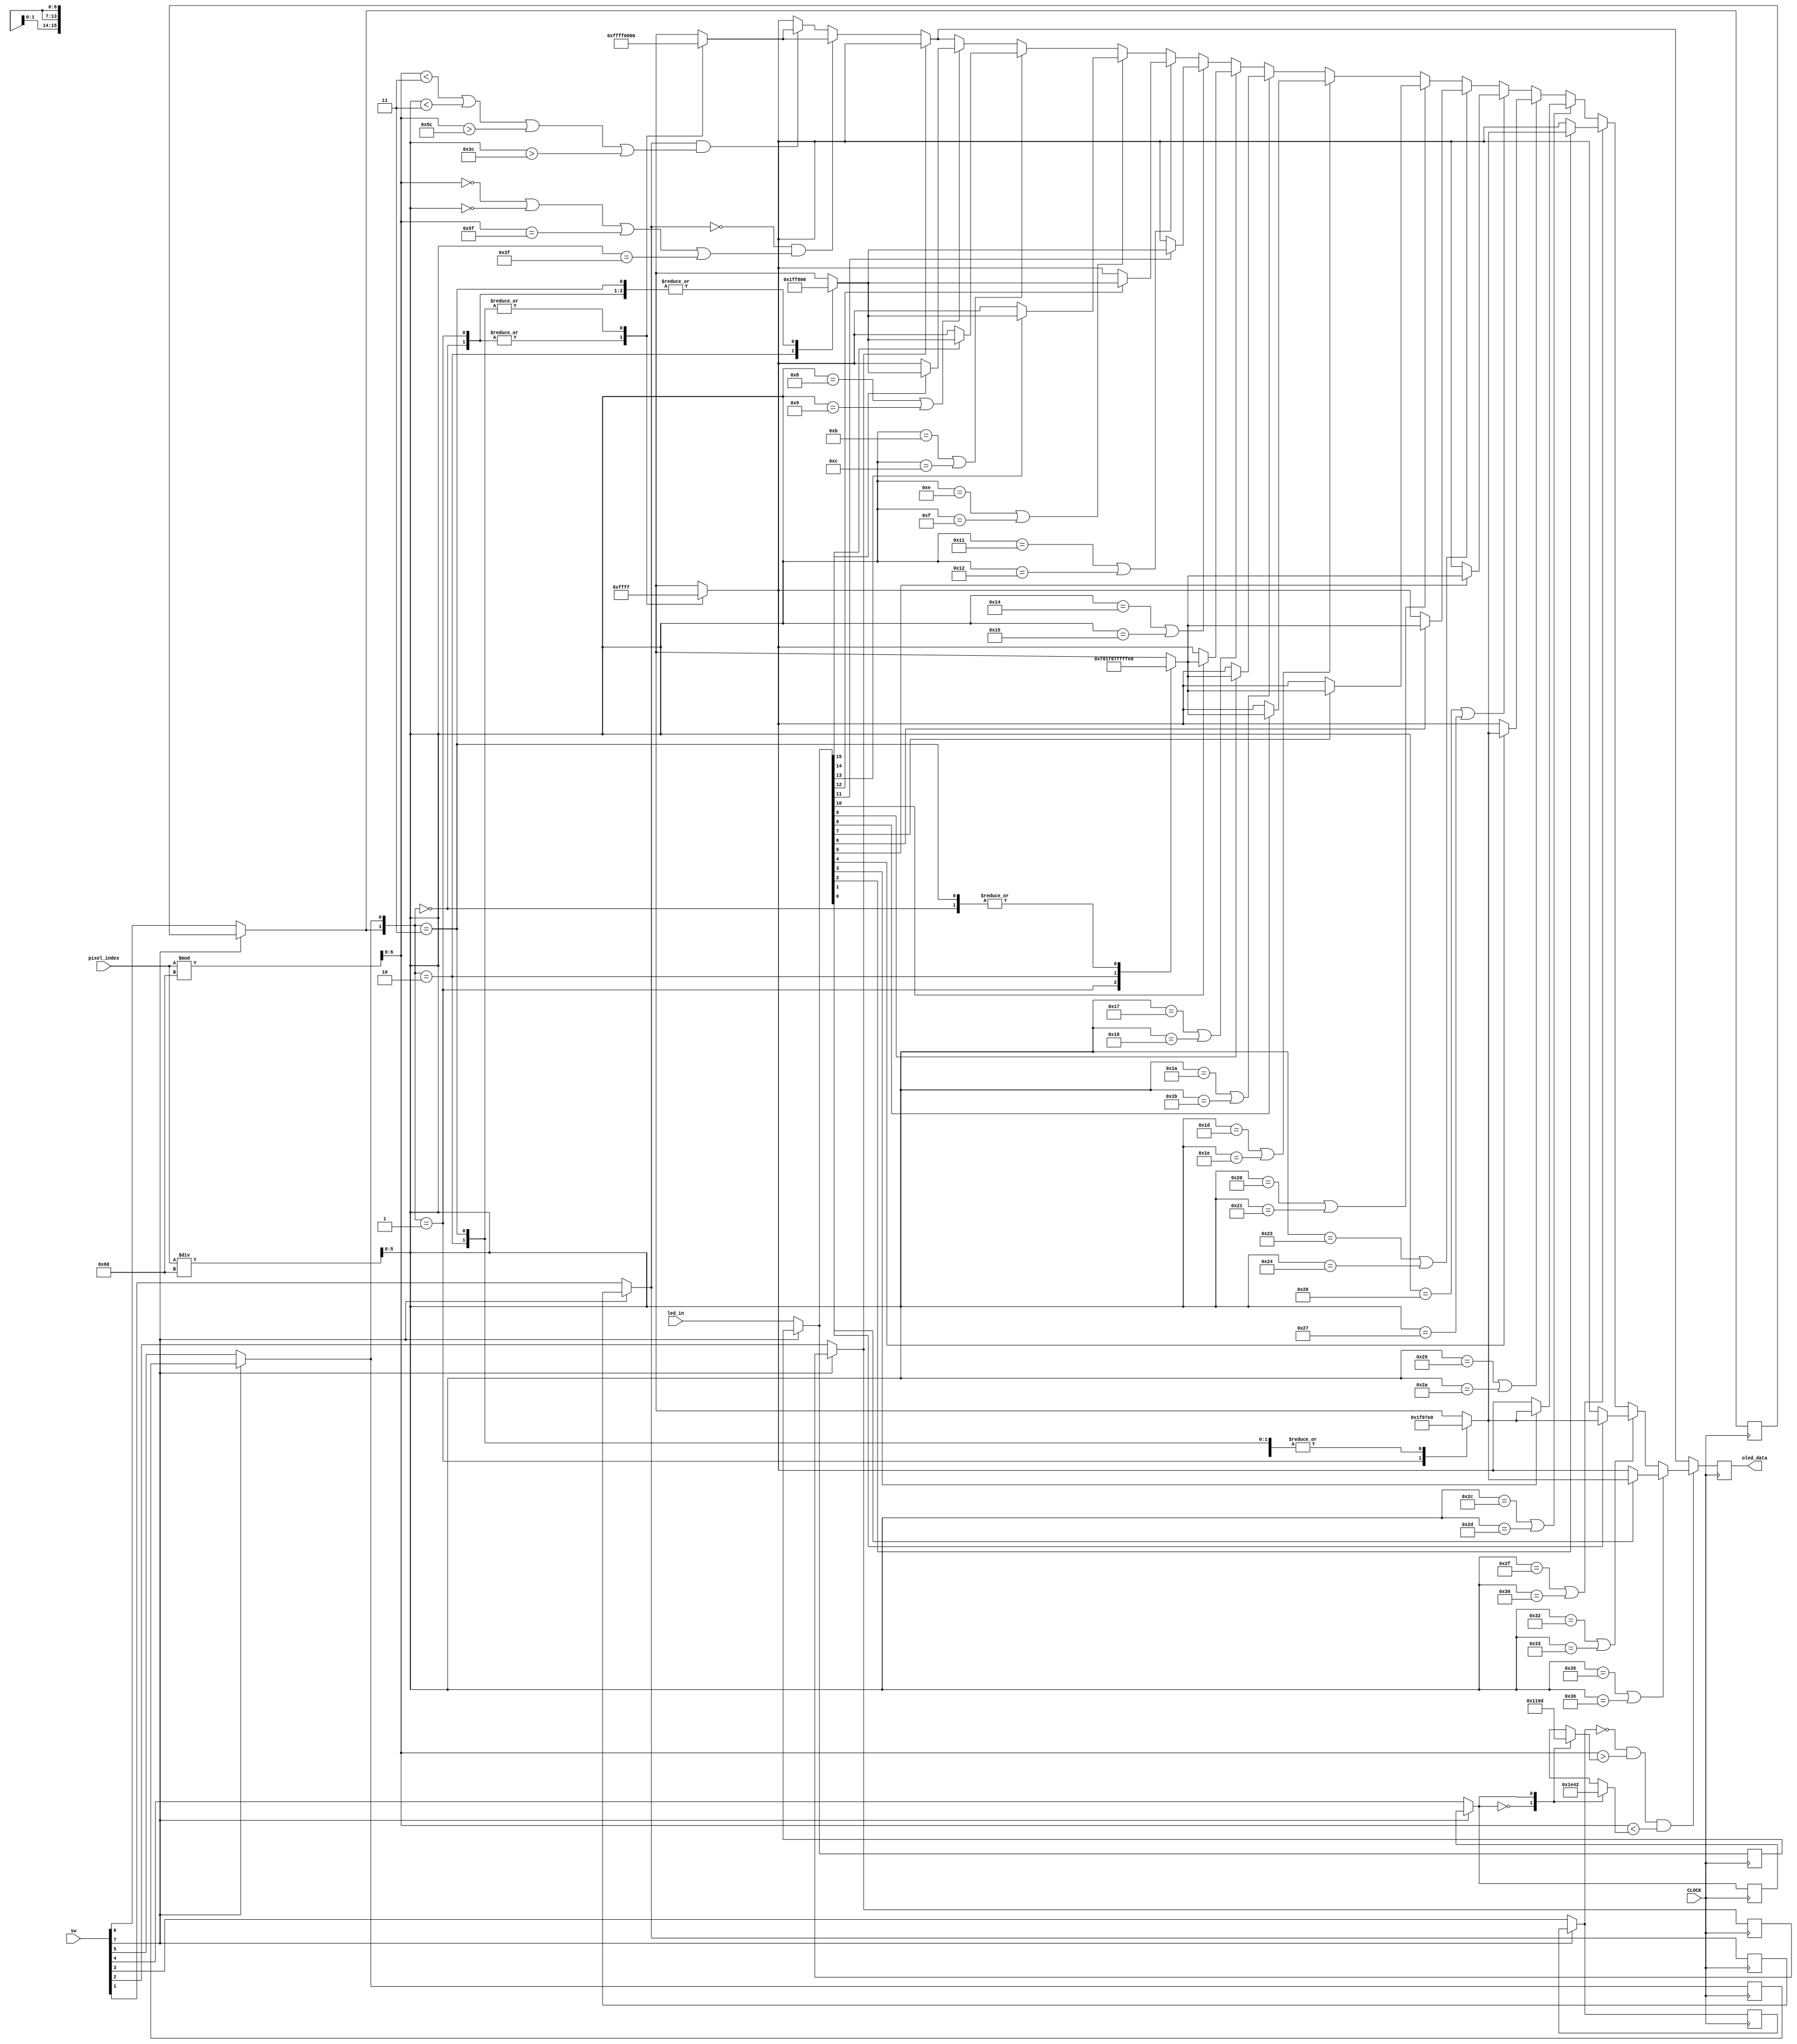
`timescale 1ns / 1ps
//////////////////////////////////////////////////////////////////////////////////
// Company: 
// Engineer: 
// 
// Design Name: 
// Module Name: graphical_visualisation
// Project Name: 
// Target Devices: 
// Tool Versions: 
// Description: 
// 
// Dependencies: 
// 
// Revision:
// Revision 0.01 - File Created
// Additional Comments:
// 
//////////////////////////////////////////////////////////////////////////////////


module graphical_visualisation(
    input CLOCK,
    input [12:0] pixel_index,
    input [15:0] led_in,
    input [15:0] sw,
    output reg [15:0] oled_data
    );
    
    reg [6:0] x; 
    reg [5:0] y;
    reg [15:0] black, white, red, green, yellow;
    reg [6:0] bar_left, bar_right;
    reg thick_border, border_off, bar_off, long_bar, color_0, color_1; // sw[1] to sw[6]
    reg [15:0] led;
    
    integer i; // for loop
    
    always @ (posedge CLOCK) begin
        if (sw[7] == 0) begin
            led = led_in;
            thick_border = sw[1];
            border_off = sw[2];
            bar_off = sw[3];
            long_bar = sw[4];
            color_0 = sw[5];
            color_1 = sw[6];
        end
    
        case ({color_1, color_0})
            2'b00: begin
                black = 16'b00000_000000_00000;
                white = 16'b11111_111111_11111;
                red = 16'b11111_000000_00000;
                green = 16'b00000_111111_00000;
                yellow = 16'b11111_111111_00000;
            end
            2'b01: begin
                black = 16'b00000_000000_00000;
                white = 16'b11111_111111_11111;
                red = 16'b11111_000000_00000;
                green = 16'b00000_000000_11111;
                yellow = 16'b11111_000000_11111;
            end
            2'b10: begin
                black = 16'b11111_111111_11111;
                white = 16'b00000_000000_00000;
                red = 16'b00000_000000_11111;
                green = 16'b00000_111111_00000;
                yellow = 16'b00000_111111_11111;
            end
            2'b11: begin
                black = 16'b11111_111111_11111;
                white = 16'b00000_000000_00000;
                red = 16'b11111_000000_00000;
                green = 16'b00000_111111_00000;
                yellow = 16'b11111_111111_00000;
            end
        endcase
    
        case (long_bar)
            0: begin
                bar_left = 35;
                bar_right = 60;
            end
            1: begin
                bar_left = 29;
                bar_right = 66;
            end
        endcase
    
        oled_data = black;
    
        x = pixel_index % 96; // [0:95]
        y = pixel_index / 96; // [0:63]
        
        if (border_off == 0) begin // border on
            if (thick_border == 0 && (x == 0 || y == 0 || x == 95 || y == 63)) begin // thin border
                oled_data = white;
            end
            else if (thick_border == 1 && (x < 3 || y < 3 || x > 92 || y > 60)) begin // thick border
                oled_data = white;
            end
        end
        
        if (bar_off == 0 && x > bar_left && x < bar_right) begin // volume bar on
            for (i = 0; i < 16; i = i + 1) begin
                if (y == (8 + 3 * i) || y == (9 + 3 * i)) begin
                    case (i)
                        0: oled_data = (led[15-i]) ? red : black;
                        1: oled_data = (led[15-i]) ? red : black;
                        2: oled_data = (led[15-i]) ? red : black;
                        3: oled_data = (led[15-i]) ? red : black;
                        4: oled_data = (led[15-i]) ? red : black;
                        5: oled_data = (led[15-i]) ? yellow : black;
                        6: oled_data = (led[15-i]) ? yellow : black;
                        7: oled_data = (led[15-i]) ? yellow : black;
                        8: oled_data = (led[15-i]) ? yellow : black;
                        9: oled_data = (led[15-i]) ? yellow : black;
                        10: oled_data = (led[15-i]) ? yellow : black;
                        11: oled_data = (led[15-i]) ? green : black;
                        12: oled_data = (led[15-i]) ? green : black;
                        13: oled_data = (led[15-i]) ? green : black;
                        14: oled_data = (led[15-i]) ? green : black;
                        15: oled_data = (led[15-i]) ? green : black;
                    endcase
                end
            end
        end
    end
    
endmodule